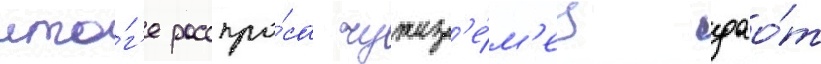
ито́г'е расспро́са чужез'е́м'ец дао́т